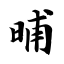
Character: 晡